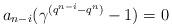
LaTeX: \begin{align*} a_{n-i}(\gamma^{(q^{n-i}-q^n)}-1)=0 \end{align*}